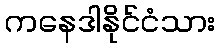
ကနေဒါနိုင်ငံသား